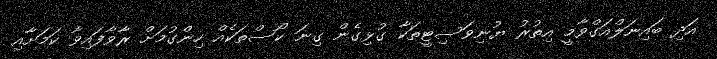
އަދި ބައިނަލްއަގްވާމީ އިތުރު ޔުނިވަސިޓީތަކާ ގުޅިގެން ގިނަ ކޯސްތަކެއް ހިންގުމަށް ރާވާފައިވާ ކަމަށާއި